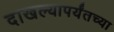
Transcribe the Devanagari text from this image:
दाखल्यापर्यंतच्या